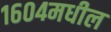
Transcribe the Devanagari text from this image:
१६०४मधील